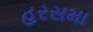
હરસમા